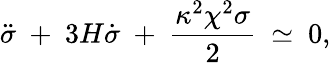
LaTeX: \ddot{\sigma}\ +\ 3H\dot{\sigma}\ +\ \frac{\kappa^{2}\chi^{2}\sigma}{2}\ \simeq\ 0,